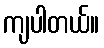
ကျပါတယ်။